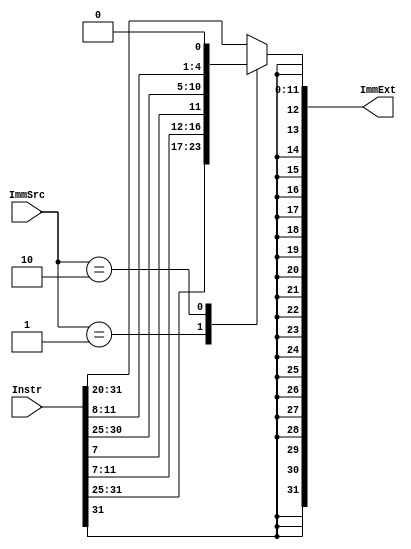


module sign_extend (
    output reg[31:0] ImmExt,
    input[1:0] ImmSrc,
    input[31:0] Instr
);

always @(*) begin
        case (ImmSrc)
            2'b00:  ImmExt <= {{20{Instr[31]}}, Instr[31:20]};                                  /* I instr */
            2'b01:  ImmExt <= {{20{Instr[31]}}, Instr[31:25], Instr[11:7]};                     /* S instr */
            2'b10:  ImmExt <= {{20{Instr[31]}}, Instr[7], Instr[30:25], Instr[11:8], 1'b0};      /* B instr */
            default: ImmExt <= {{20{Instr[31]}}, Instr[31:20]};
        endcase
    end
endmodule